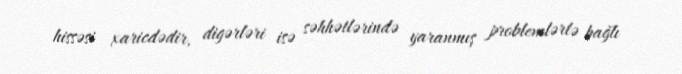
hissəsi xaricdədir, digərləri isə səhhətlərində yaranmış problemlərlə bağlı